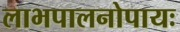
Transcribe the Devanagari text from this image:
लाभपालनोपायः